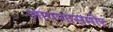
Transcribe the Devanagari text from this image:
आपणासमोर